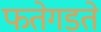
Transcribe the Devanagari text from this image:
फतेगडते